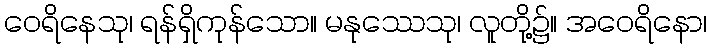
ဝေရိနေသု၊ ရန်ရှိကုန်သော။ မနုဿေသု၊ လူတို့၌။ အဝေရိနော၊